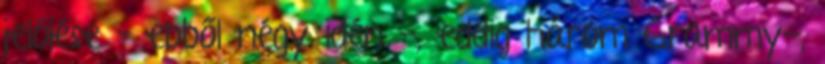
jelölése – ebből négy idén -, eddig három Grammy-,